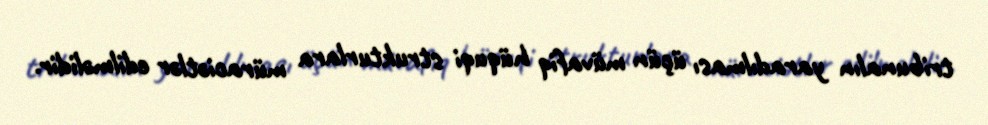
tribunalın yaradılması üçün müvafiq hüquqi strukturlara müraciətlər edilməlidir.